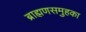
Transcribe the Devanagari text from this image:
ब्राह्मणसमुहका